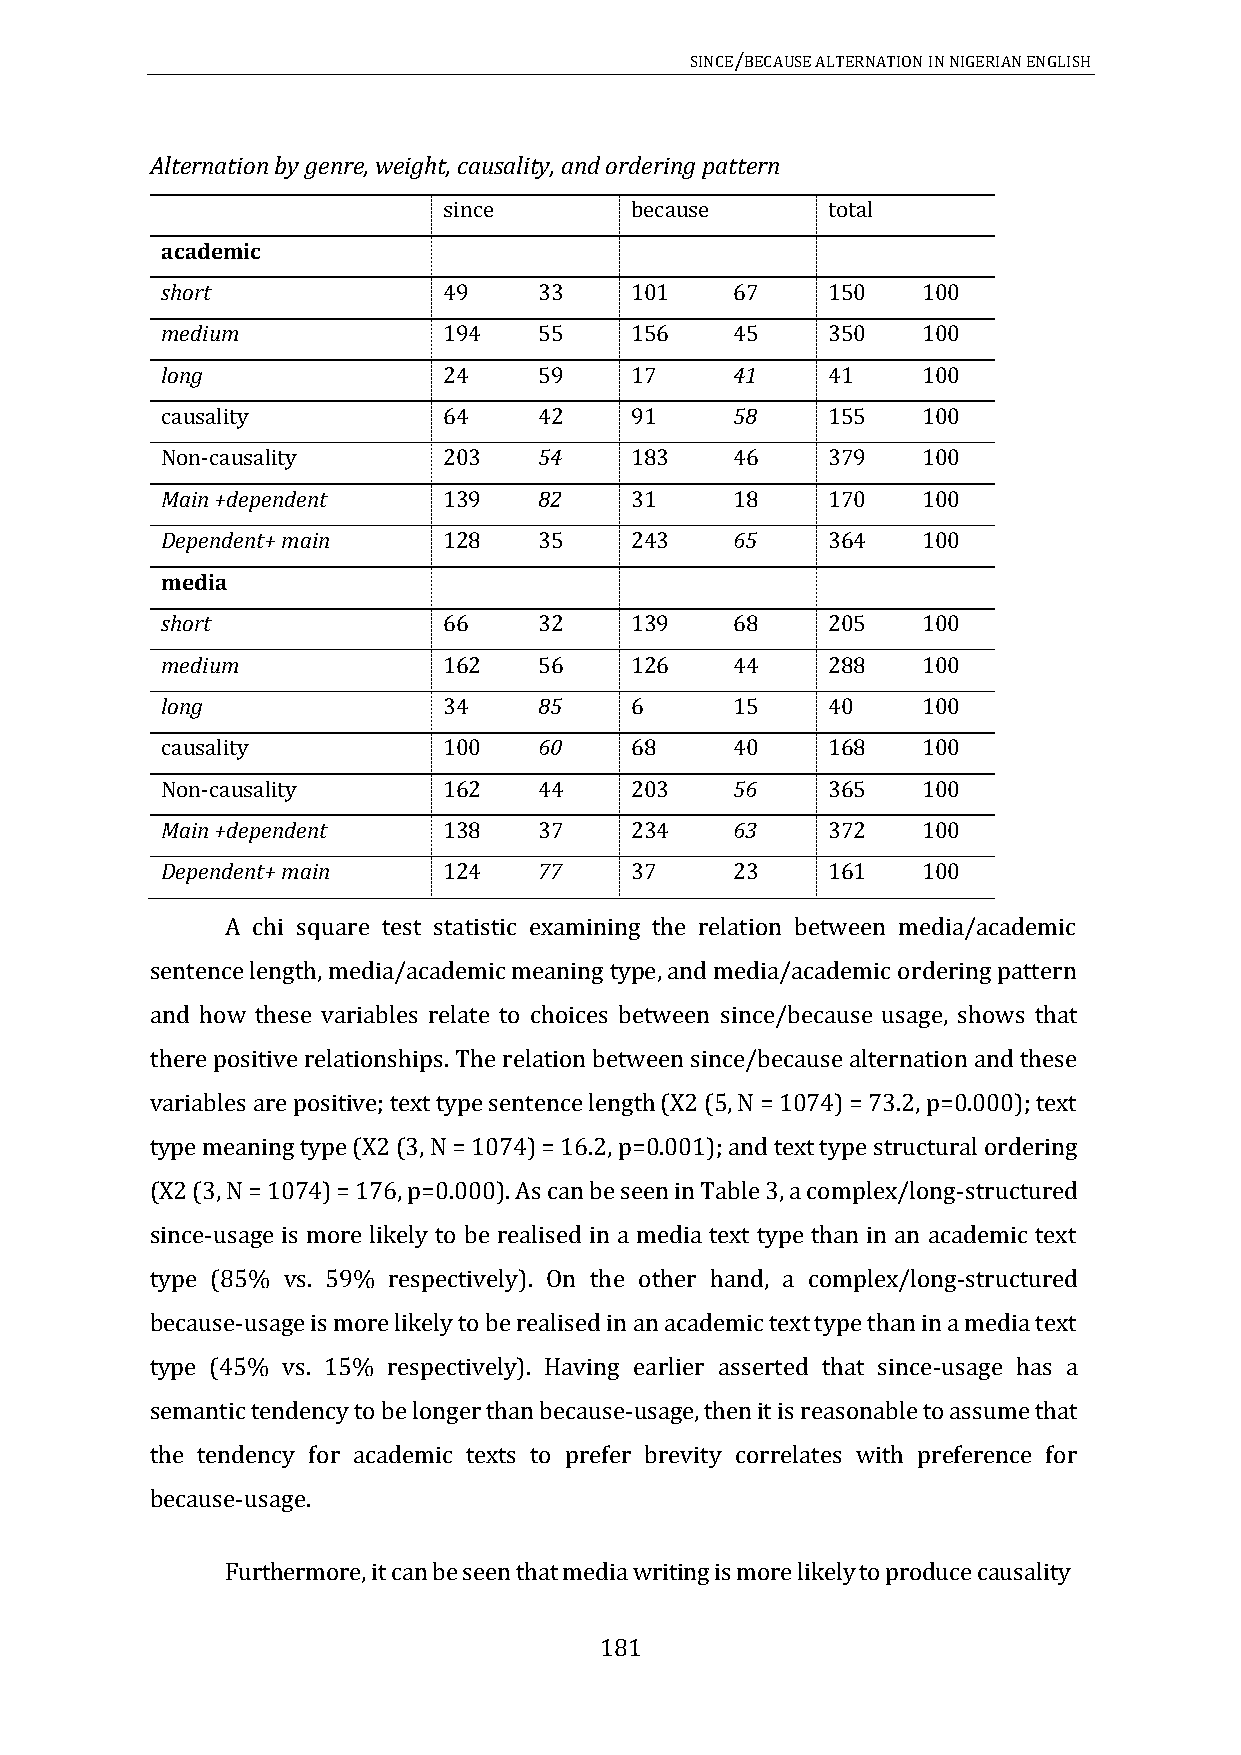
SINCE/BECAUSE ALTERNATION IN NIGERIAN ENGLISH
 Alternation by genre, weight, causality, and ordering pattern
 since        because      total
 academic
 short             49     33    101   67     150   100
 medium            194    55    156   45     350   100
 long              24     59    17    41     41    100
 causality         64     42    91    58     155   100
 Non-causality     203    54    183   46     379   100
 Main +dependent   139    82    31    18     170   100
 Dependent+ main   128    35    243   65     364   100
 media
 short             66     32    139   68     205   100
 medium            162    56    126   44     288   100
 long              34     85    6     15     40    100
 causality         100    60    68    40     168   100
 Non-causality     162    44    203   56     365   100
 Main +dependent   138    37    234   63     372   100
 Dependent+ main   124    77    37    23     161   100
 A chi square test statistic examining the relation between media/academic
 sentence length, media/academic meaning type, and media/academic ordering pattern
 and how these variables relate to choices between since/because usage, shows that
 there positive relationships. The relation between since/because alternation and these
 variables are positive; text type sentence length (X2 (5, N = 1074) = 73.2, p=0.000); text
 type meaning type (X2 (3, N = 1074) = 16.2, p=0.001); and text type structural ordering
 (X2 (3, N = 1074) = 176, p=0.000). As can be seen in Table 3, a complex/long-structured
 since-usage is more likely to be realised in a media text type than in an academic text
 type (85% vs. 59% respectively). On the other hand, a complex/long-structured
 because-usage is more likely to be realised in an academic text type than in a media text
 type (45% vs. 15% respectively). Having earlier asserted that since-usage has a
 semantic tendency to be longer than because-usage, then it is reasonable to assume that
 the tendency for academic texts to prefer brevity correlates with preference for
 because-usage.
 Furthermore, it can be seen that media writing is more likely to produce causality
 181